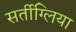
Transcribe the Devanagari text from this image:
सर्तीग्लिया